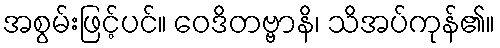
အစွမ်းဖြင့်ပင်။ ဝေဒိတဗ္ဗာနိ၊ သိအပ်ကုန်၏။